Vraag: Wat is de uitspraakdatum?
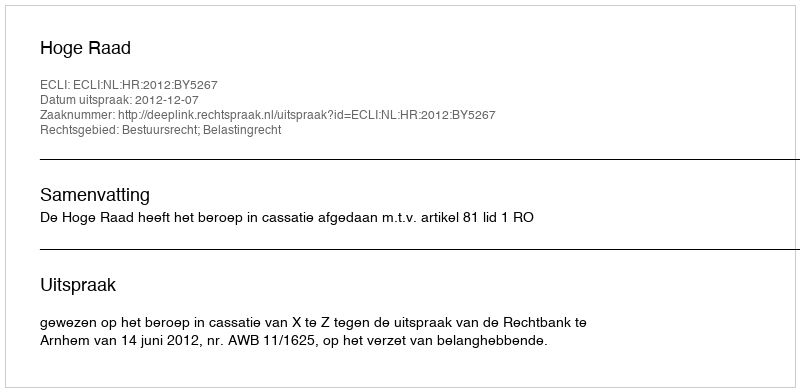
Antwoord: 2012-12-07